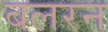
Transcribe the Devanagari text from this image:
बलरन